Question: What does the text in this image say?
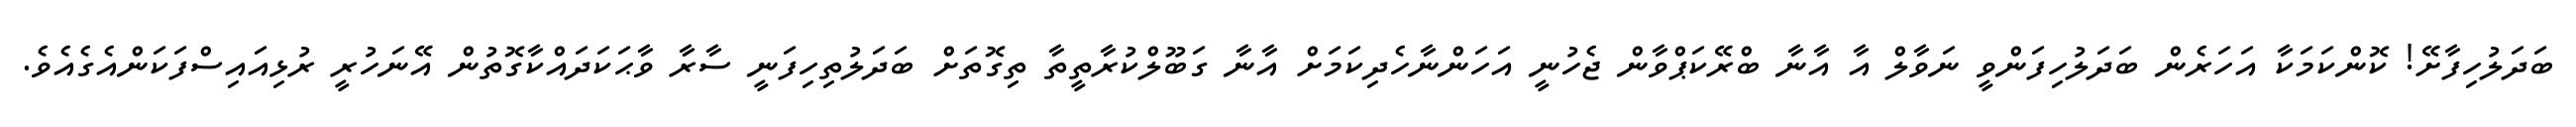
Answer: ބަދަލުހިފާށޭ! ކޮންކަމަކާ އަހަރެން ބަދަލުހިފަންވީ ނަވާލް އާ އާނާ ބްރޭކަޕްވާން ޖެހުނީ އަހަންނާހެދިކަމަށް އާނާ ގަބޫލްކުރާތީތާ ތިގޮތަށް ބަދަލުތިހިފަނީ ސާރާ ވާޙަކަދައްކާގޮތުން އޭނަހުރީ ރުޅިއައިސްފަކަންއެގެއެވެ.